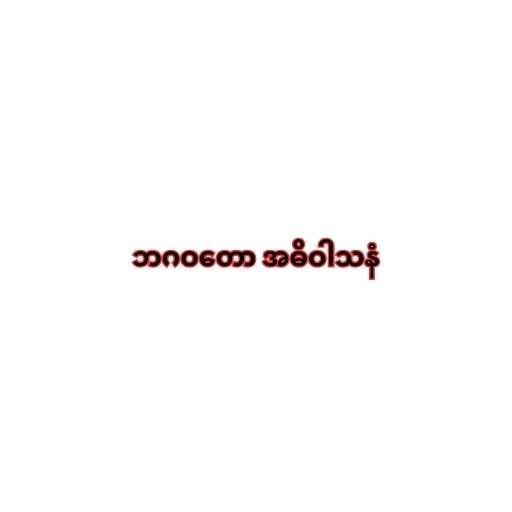
ဘဂဝတော အဓိဝါသနံ